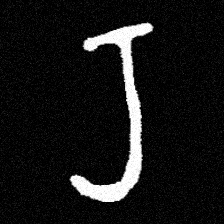
Pyu character \u2014 Myanmar letter: ရ (romanized: ra)